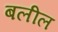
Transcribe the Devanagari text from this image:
बलील